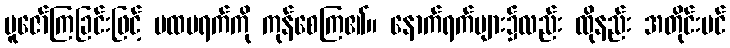
ပူဇော်ကြခြင်းဖြင့် ပထမရက်ကို ကုန်စေကြ၏။ နောက်ရက်များ၌လည်း ထိုနည်း အတိုင်းပင်